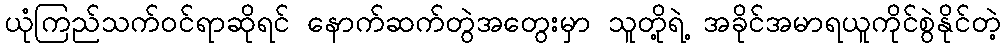
ယုံကြည်သက်၀င်ရာဆိုရင် နောက်ဆက်တွဲအတွေးမှာ သူတို့ရဲ့ အခိုင်အမာရယူကိုင်စွဲနိုင်တဲ့